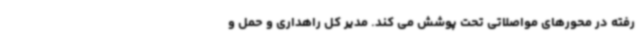
رفته در محورهای مواصلاتی تحت پوشش می کند. مدیر کل راهداری و حمل و